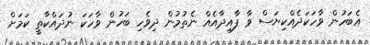
އެބަހުން ވާހަކަދެއްކިޔަސް ވާ ފާއިދާއެއް ނެތުމުން ދިވެހި ބަހުން ވާހަކަ ނުދައްކާތީ ކަމަށް